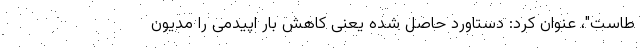
طاست"، عنوان کرد: دستاورد حاصل شده یعنی کاهش بار اپیدمی را مدیون